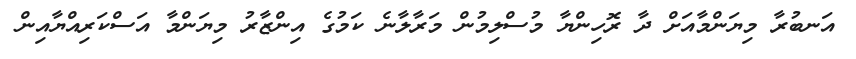
އަނބުރާ މިޔަންމާއަށް ދާ ރޮހިންޔާ މުސްލިމުން މަރާލާނެ ކަމުގެ އިންޒާރު މިޔަންމާ އަސްކަރިއްޔާއިން